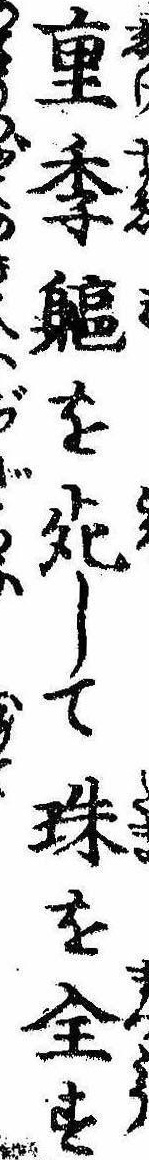
重季躯を死して珠を全す